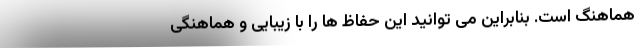
هماهنگ است. بنابراین می توانید این حفاظ ها را با زیبایی و هماهنگی